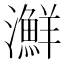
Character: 㶍